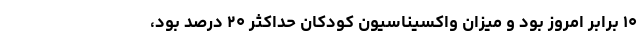
۱۰ برابر امروز بود و میزان واکسیناسیون کودکان حداکثر ۲۰ درصد بود،